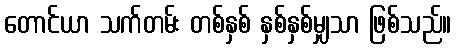
တောင်ယာ သက်တမ်း တစ်နှစ် နှစ်နှစ်မျှသာ ဖြစ်သည်။